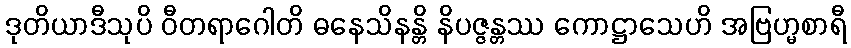
ဒုတိယာဒီသုပိ ဝီတရာဂေါတိ ဓနေသိနန္တိ နိပဇ္ဇန္တဿ ကောဋ္ဌာသေဟိ အဗြဟ္မစာရီ